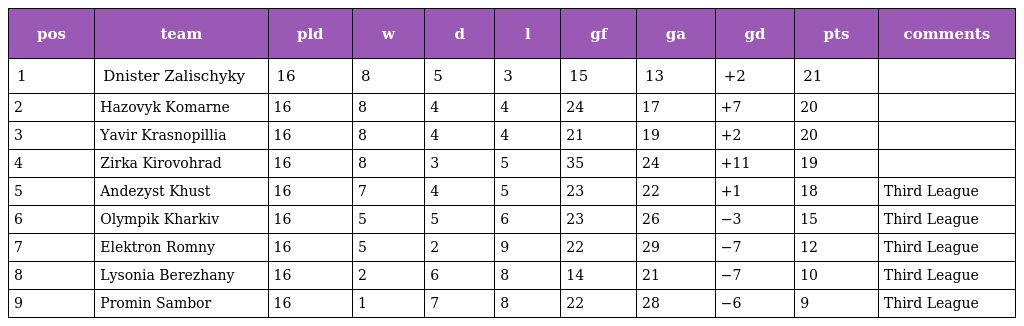
| pos | team | pld | w | d | l | gf | ga | gd | pts | comments |
 | --- | --- | --- | --- | --- | --- | --- | --- | --- | --- | --- |
 | 1 | Dnister Zalischyky | 16 | 8 | 5 | 3 | 15 | 13 | +2 | 21 |  |
 | 2 | Hazovyk Komarne | 16 | 8 | 4 | 4 | 24 | 17 | +7 | 20 |  |
 | 3 | Yavir Krasnopillia | 16 | 8 | 4 | 4 | 21 | 19 | +2 | 20 |  |
 | 4 | Zirka Kirovohrad | 16 | 8 | 3 | 5 | 35 | 24 | +11 | 19 |  |
 | 5 | Andezyst Khust | 16 | 7 | 4 | 5 | 23 | 22 | +1 | 18 | Third League |
 | 6 | Olympik Kharkiv | 16 | 5 | 5 | 6 | 23 | 26 | −3 | 15 | Third League |
 | 7 | Elektron Romny | 16 | 5 | 2 | 9 | 22 | 29 | −7 | 12 | Third League |
 | 8 | Lysonia Berezhany | 16 | 2 | 6 | 8 | 14 | 21 | −7 | 10 | Third League |
 | 9 | Promin Sambor | 16 | 1 | 7 | 8 | 22 | 28 | −6 | 9 | Third League |